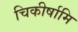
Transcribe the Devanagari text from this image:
चिकीर्षामि